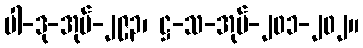
ပါ-ဒု-အုပ်-၂၉၃၊ ဋ္ဌ-သ-အုပ်-၂၀၁-၂၀၂။